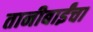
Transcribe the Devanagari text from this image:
तानीबाईंचा